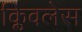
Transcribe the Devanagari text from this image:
क्लिवलेस